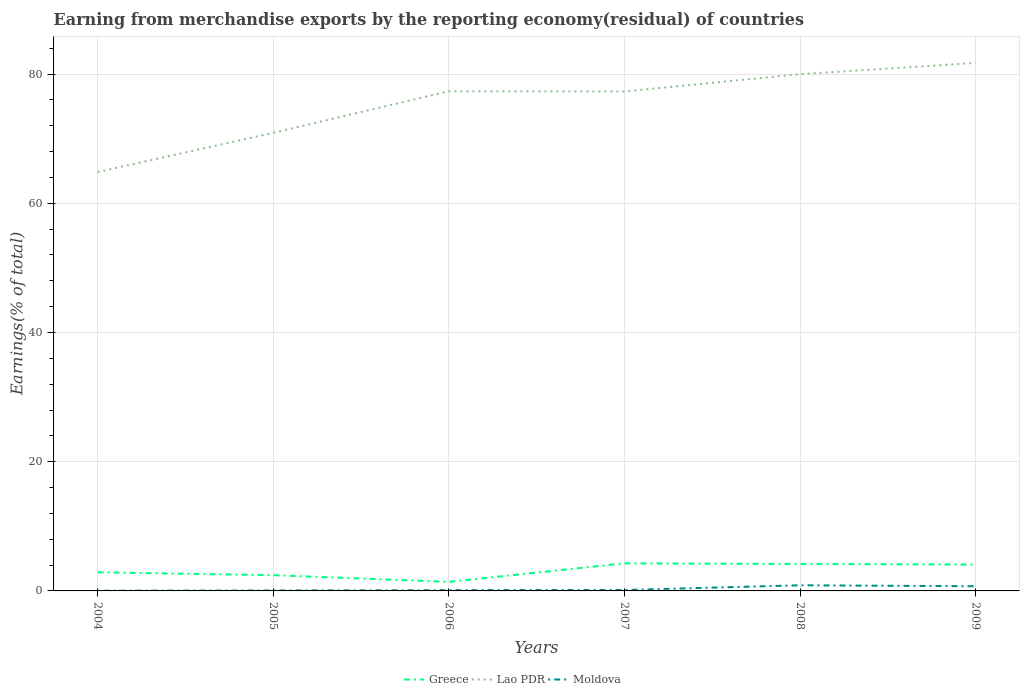
| Years | Greece | Lao PDR | Moldova |
 | --- | --- | --- | --- |
 | 2004 | 2.88 | 64.8 | 0.0369 |
 | 2005 | 2.44 | 70.9 | 0.0648 |
 | 2006 | 1.4 | 77.3 | 0.116 |
 | 2007 | 4.27 | 77.3 | 0.144 |
 | 2008 | 4.17 | 80 | 0.872 |
 | 2009 | 4.08 | 81.7 | 0.725 |